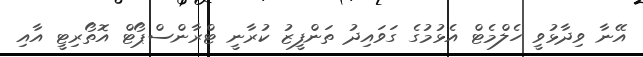
އޭނާ ވިދާޅުވީ ހެލްމެޓް އެޅުމުގެ ގަވައިދު ތަންފީޒު ކުރާނީ ޓްރާންސްޕޯޓް އޮތޯރިޓީ އާއި